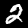
Label: 2